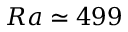
R a \simeq 4 9 9